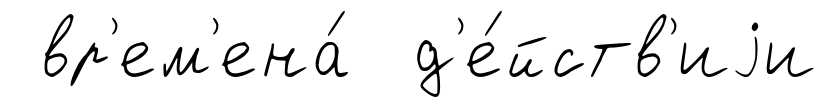
вр'ем'ена́ д'е́йств'иjи